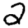
Digit: 2